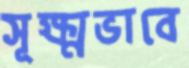
সূক্ষ্মভাবে